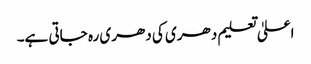
اعلیٰ تعلیم دھری کی دھری رہ جاتی ہے۔